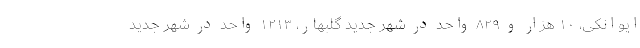
ایوانکی، ۱۰ هزار و ۸۲۹ واحد در شهر جدید گلبهار، ۱۲۱۳ واحد در شهر جدید